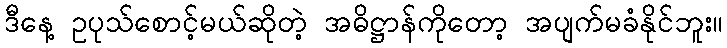
ဒီနေ့ ဥပုသ်စောင့်မယ်ဆိုတဲ့ အဓိဋ္ဌာန်ကိုတော့ အပျက်မခံနိုင်ဘူး။